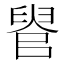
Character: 𦥳